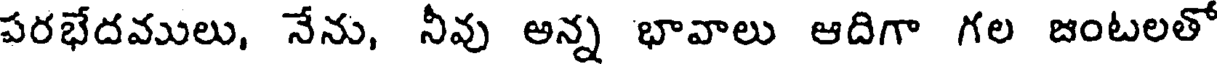
పరభేదములు, నేను, నీవు అన్న భావాలు ఆదిగా గల జంటలతో